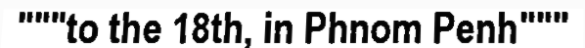
"""to the 18th, in Phnom Penh"""